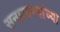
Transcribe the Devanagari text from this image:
सनात्यन्यांच्या